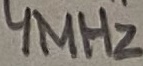
Text: 4MHz